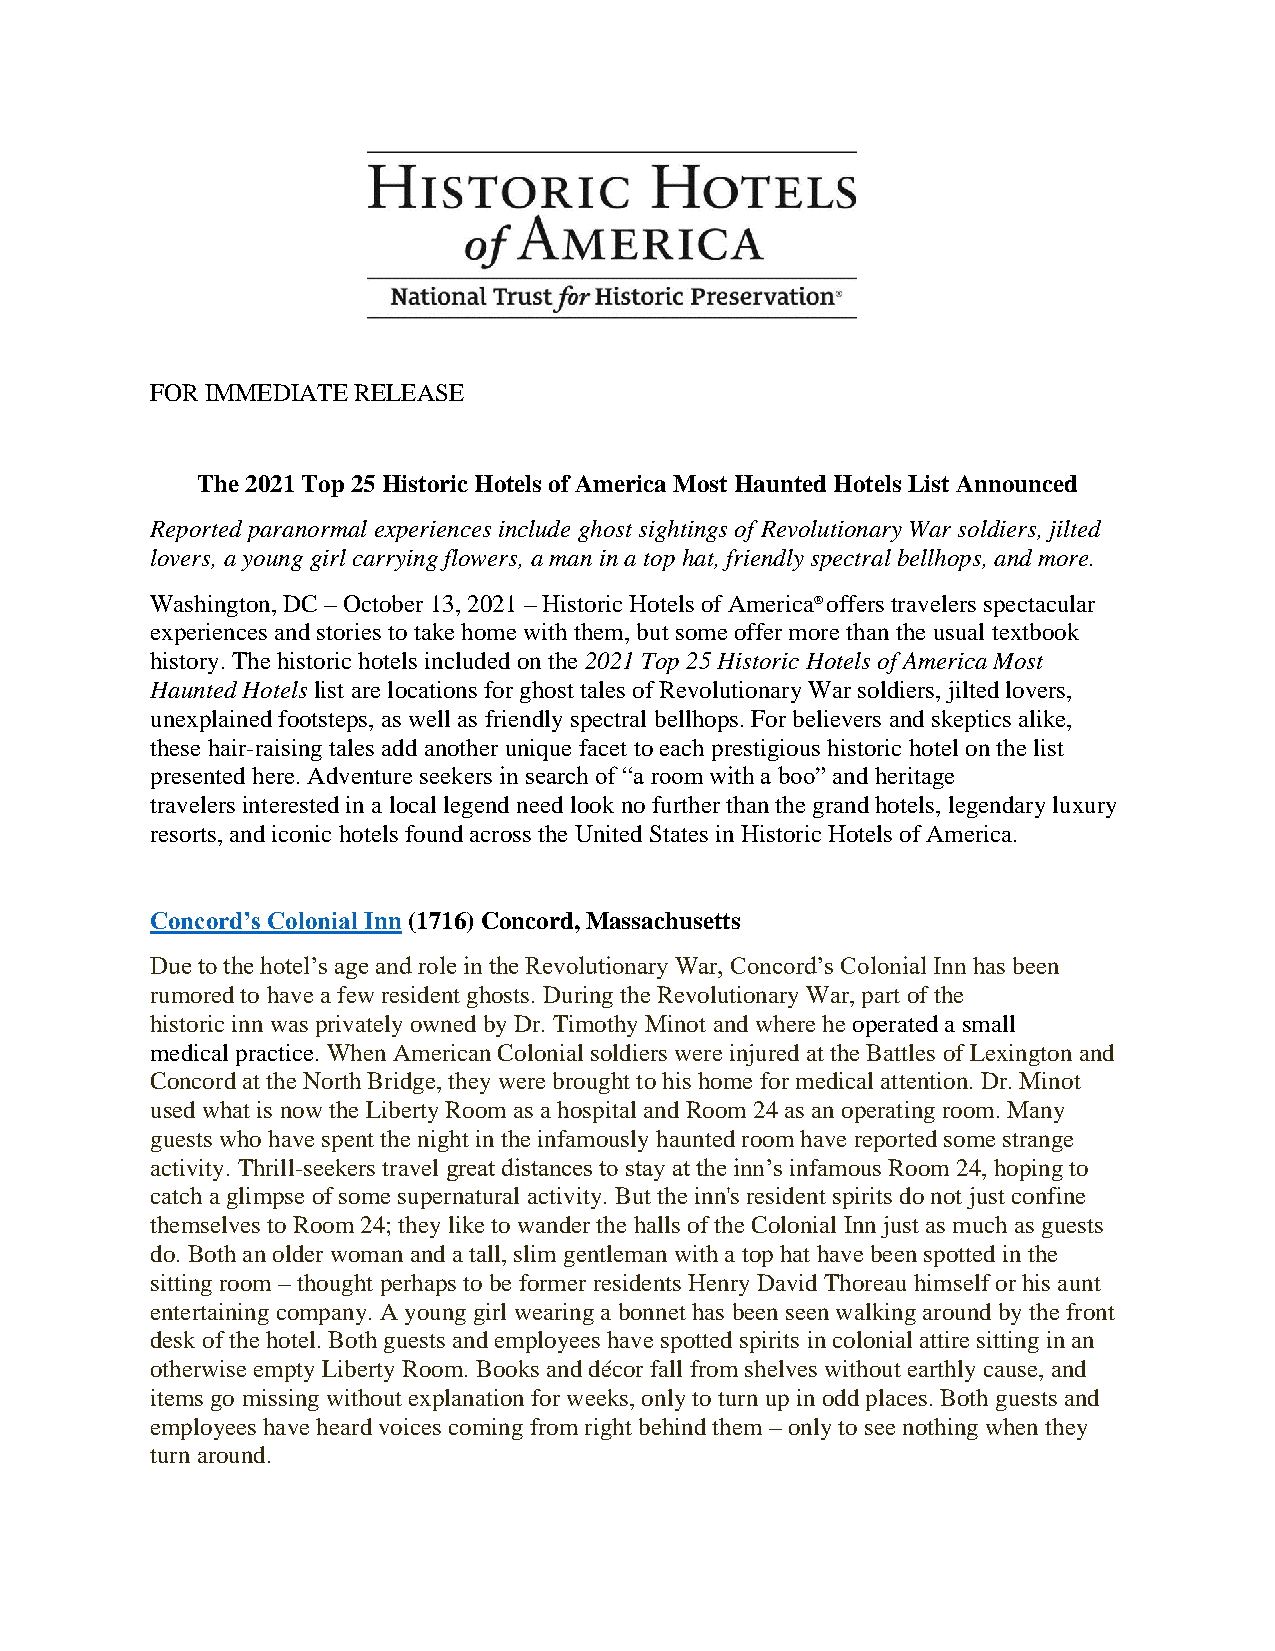
FOR IMMEDIATE RELEASE
 The 2021 Top 25 Historic Hotels of America Most Haunted Hotels List Announced
 Reported paranormal experiences include ghost sightings of Revolutionary War soldiers, jilted
 lovers, a young girl carrying flowers, a man in a top hat, friendly spectral bellhops, and more.
 Washington, DC – October 13, 2021 – Historic Hotels of America® offers travelers spectacular
 experiences and stories to take home with them, but some offer more than the usual textbook
 history. The historic hotels included on the 2021 Top 25 Historic Hotels of America Most
 Haunted Hotels list are locations for ghost tales of Revolutionary War soldiers, jilted lovers,
 unexplained footsteps, as well as friendly spectral bellhops. For believers and skeptics alike,
 these hair-raising tales add another unique facet to each prestigious historic hotel on the list
 presented here. Adventure seekers in search of “a room with a boo” and heritage
 travelers interested in a local legend need look no further than the grand hotels, legendary luxury
 resorts, and iconic hotels found across the United States in Historic Hotels of America.
 Concord’s Colonial Inn (1716) Concord, Massachusetts
 Due to the hotel’s age and role in the Revolutionary War, Concord’s Colonial Inn has been
 rumored to have a few resident ghosts. During the Revolutionary War, part of the
 historic inn was privately owned by Dr. Timothy Minot and where he operated a small
 medical practice. When American Colonial soldiers were injured at the Battles of Lexington and
 Concord at the North Bridge, they were brought to his home for medical attention. Dr. Minot
 used what is now the Liberty Room as a hospital and Room 24 as an operating room. Many
 guests who have spent the night in the infamously haunted room have reported some strange
 activity. Thrill-seekers travel great distances to stay at the inn’s infamous Room 24, hoping to
 catch a glimpse of some supernatural activity. But the inn's resident spirits do not just confine
 themselves to Room 24; they like to wander the halls of the Colonial Inn just as much as guests
 do. Both an older woman and a tall, slim gentleman with a top hat have been spotted in the
 sitting room – thought perhaps to be former residents Henry David Thoreau himself or his aunt
 entertaining company. A young girl wearing a bonnet has been seen walking around by the front
 desk of the hotel. Both guests and employees have spotted spirits in colonial attire sitting in an
 otherwise empty Liberty Room. Books and décor fall from shelves without earthly cause, and
 items go missing without explanation for weeks, only to turn up in odd places. Both guests and
 employees have heard voices coming from right behind them – only to see nothing when they
 turn around.